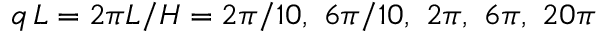
q \, L = 2 \pi L / H = 2 \pi / 1 0 , ~ 6 \pi / 1 0 , ~ 2 \pi , ~ 6 \pi , ~ 2 0 \pi